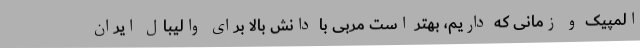
المپیک و زمانی که داریم، بهتر است مربی با دانش بالا برای والیبال ایران